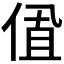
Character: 𬾩